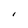
Character: I